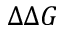
\Delta \Delta G